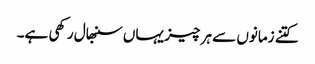
کتنے زمانوں سے ہر چیز یہاں سنبھال رکھی ہے۔